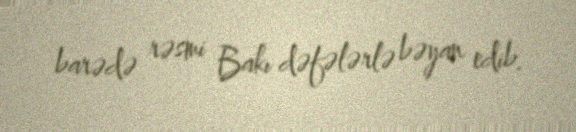
barədə rəsmi Bakı dəfələrlə bəyan edib.